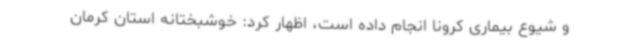
و شیوع بیماری کرونا انجام داده است، اظهار کرد: خوشبختانه استان کرمان